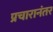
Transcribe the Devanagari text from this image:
प्रचारानंतर